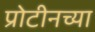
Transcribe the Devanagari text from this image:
प्रोटीनच्या